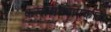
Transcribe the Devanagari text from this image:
कलाअध्यापकाचे